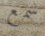
سمع